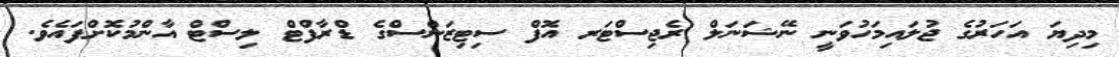
މިދިޔަ އަހަރުގެ ޖުލައިމަހުވަނީ ނޭޝަނަލް ރެޖިސްޓަރ އޮފް ސިޓިޒަންސްގެ ޑްރާފްޓް ލިސްޓް އާންމުކޮށްފައެވެ.